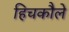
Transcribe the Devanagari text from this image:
हिचकौले